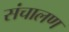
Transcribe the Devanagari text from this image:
संचालण